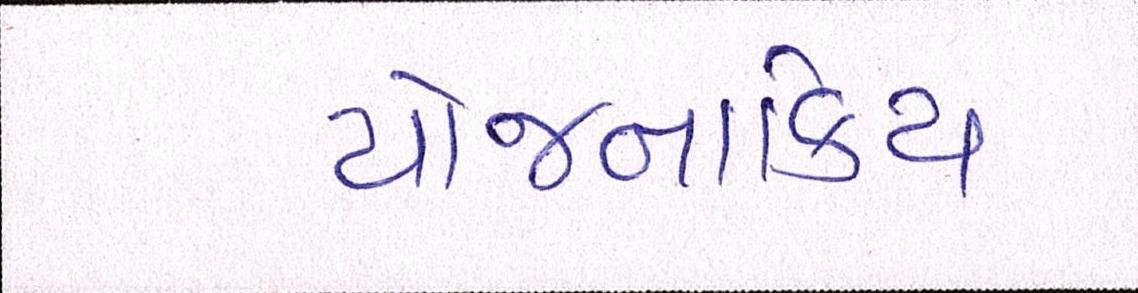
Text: યોજનાકિય